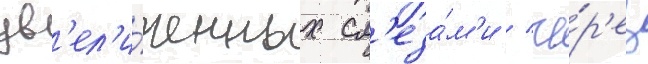
ув'ел'и́ченных сл'еза́м'и / че́р'ез